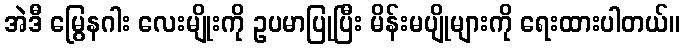
အဲဒီ မြွေနဂါး လေးမျိုးကို ဥပမာပြုပြီး မိန်းမပျိုများကို ရေးထားပါတယ်။